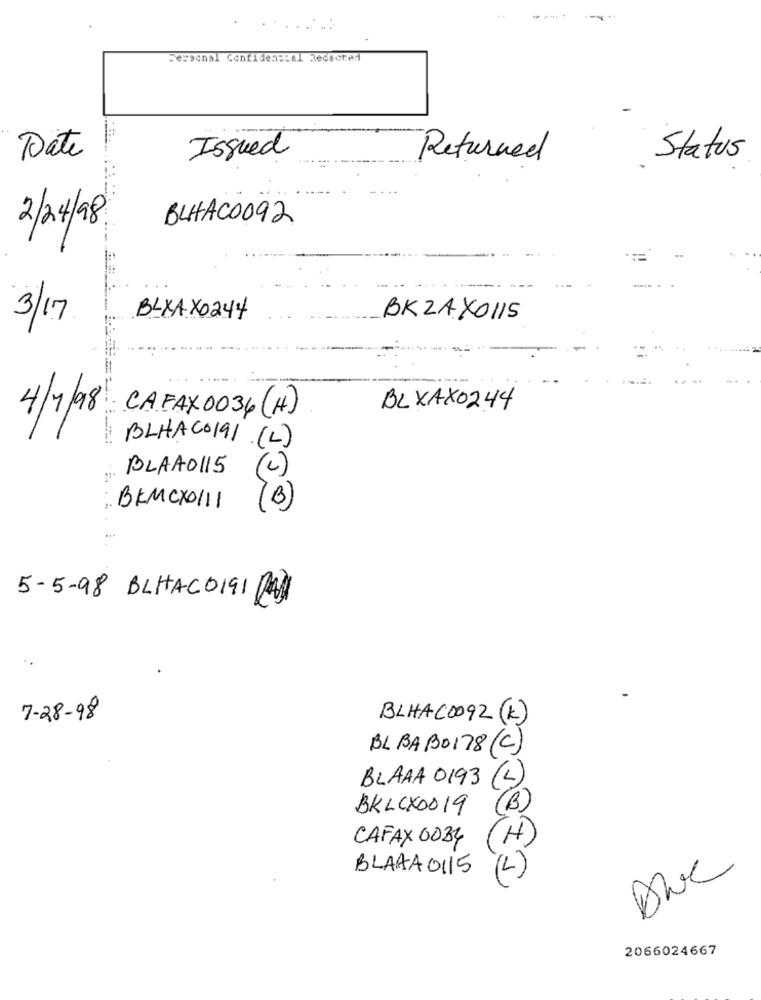
........
Personal Contidens:al Redected
Date
Issued
Returned
Status
2/24/98
BLHACO092
3/17
BLXAX0244
BKZAXO115
4/7/98
BLXAX0244
CAFAX0036 (H)
BLHACO191 (L)
BLAAO115
(L)
BKMCX0111
(B)
5-5-98 BLHACDIGI DA
..
7-28-98
BLHAC0092 (K)
BL BAB0178 (C)
BLAAA 0193 (L)
BKLCX0019
(B)
CAFAX 0034
BLAAA0115
(L
2066024667